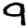
Digit: 9